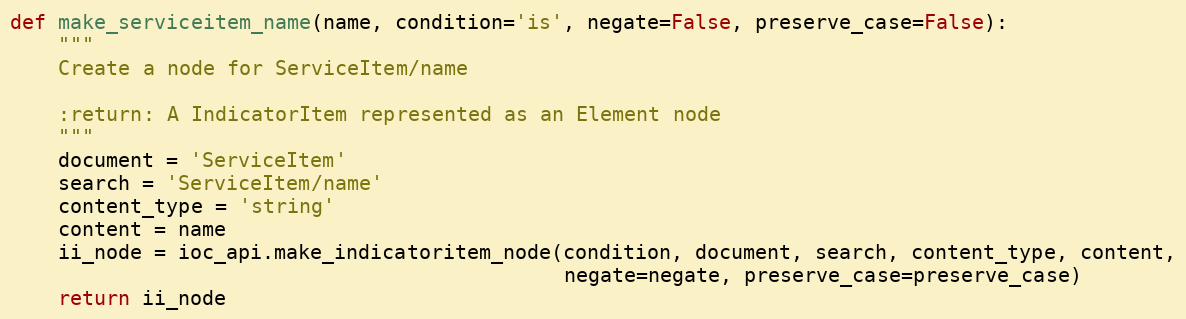
Language: Python
def make_serviceitem_name(name, condition='is', negate=False, preserve_case=False):
    """
    Create a node for ServiceItem/name

    :return: A IndicatorItem represented as an Element node
    """
    document = 'ServiceItem'
    search = 'ServiceItem/name'
    content_type = 'string'
    content = name
    ii_node = ioc_api.make_indicatoritem_node(condition, document, search, content_type, content,
                                              negate=negate, preserve_case=preserve_case)
    return ii_node